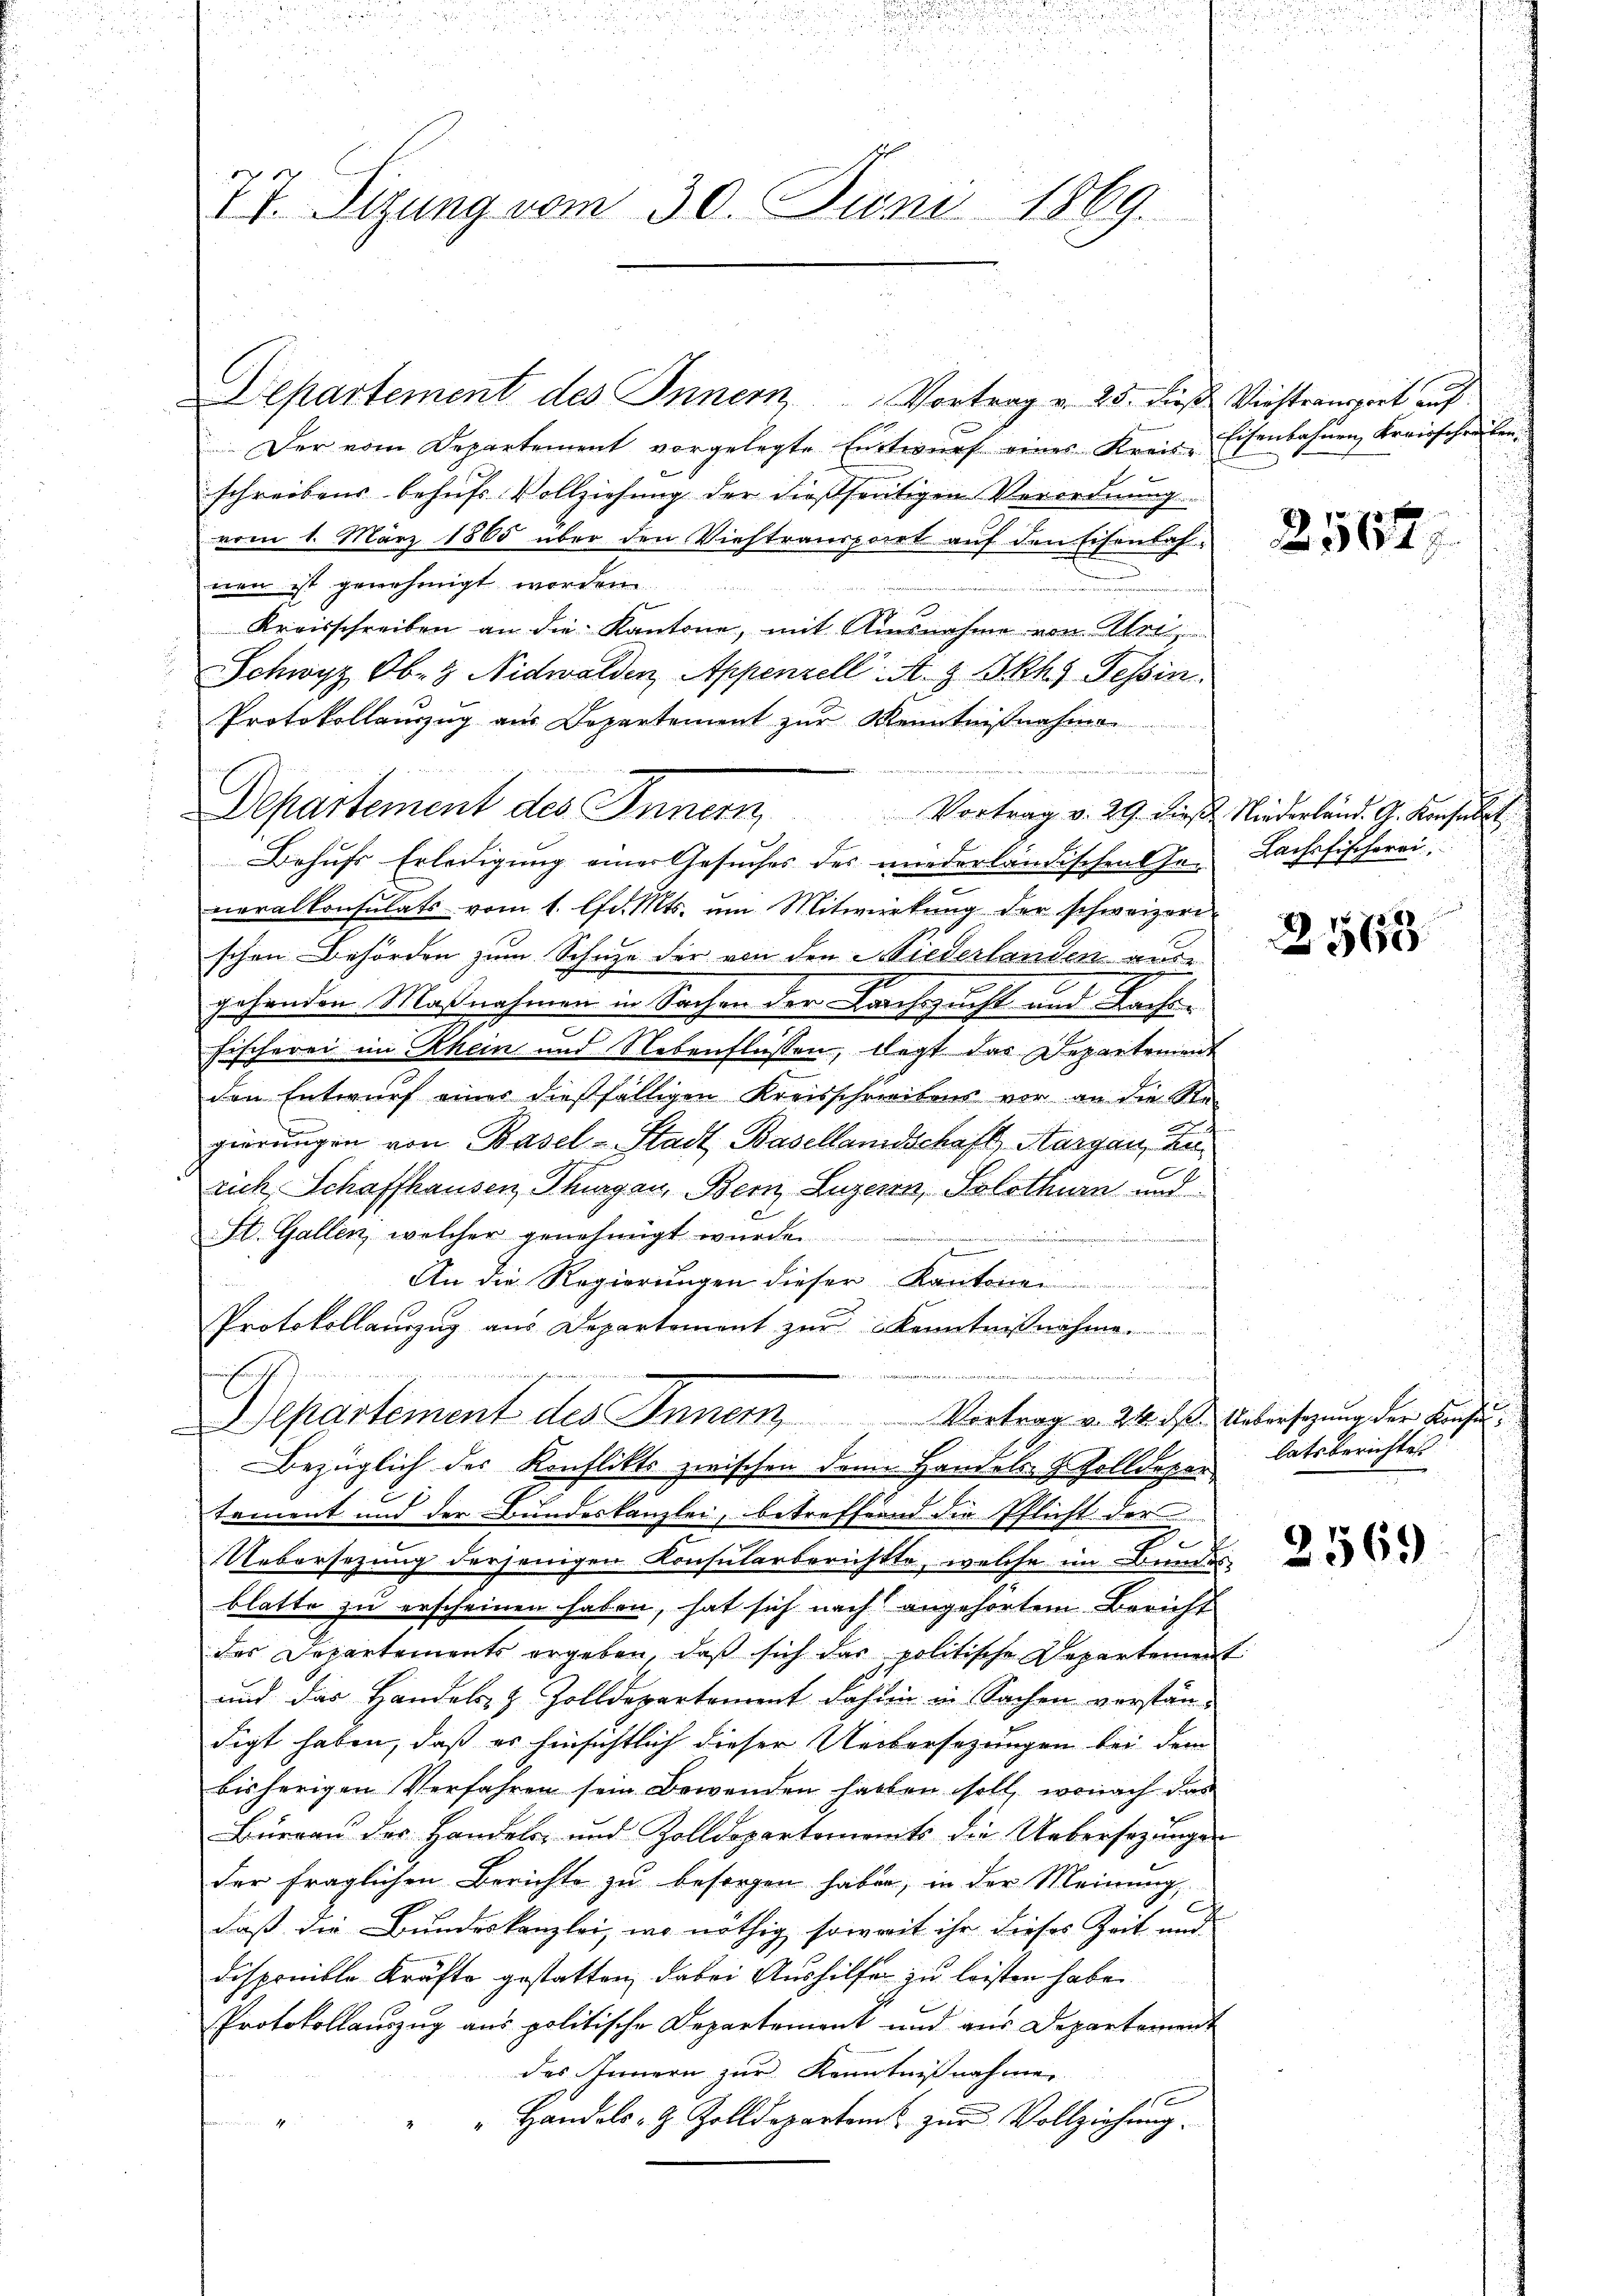
77. Sizung vom 30. Juni 1869.

Der vom Departement vorgelegte Entwŭrf eines Kreis-Eisenbahnen Kreisschreiben.
schreibens behufs Vollziehung der dießseitigen Verordnung.
vom 1. März 1865 über den Viehtransport auf den Eisenbahnen ist genehmigt worden.
Kreisschreiben an die Kantone, mit Ausnahme von Wer
Schwyz, Ob- & Nidwalden, Appenzell A. z Skhy Tessin.
Protokollenzug aus Departement zŭr Kenntnißnahme
n
Behufs Erledigung einer Gesuches des niederländischen Ge- Lachsfischerei
neralkonsulats vom 1. lfd. Mts. um Mitwirkung der schweizeri
schen Behörden zum Schuze der von den Niederlanden aus
e
3
gehenden Maßnahmen in Sachen der Lachsucht und Lachi-
Fischerei im Rhein und Nebenflüssen, legt das Departement
den Entwurf eines dießfälligen Kreisschreibens vor an die Ste-
e
gierungen von Basel-Stadt Basellandschaft, Aargau, an
rich, Schaffhausen, Thurgau, Bern, Luzern, Solothurn und
St. Gallen, welcher genehmigt wurde.
ezie
An die Regierungen dieser Kantone
Protokollauszug aus Departement zur Kenntnißnahmen
wasser
Departement des Inner, Vortrag v. 24. das Uebersezung der Ansu¬
Bezüglich der Konflikts zwischen dem Handels- & Zolldepar
tement und der Bundeskanzlei, betreffend die Pflicht der
.
Uebersezung derjenigen Konsularberichtte, welche im Bundes
blatte zu erscheinen haben, hat sich nach angehörtem Bericht
des Departements ergeben, daß sich das politische Departement
und das Handels- & Zolldepartement dahin in Sachen verständigt haben, daß es hinsichtlich dieser Uebersezungen bei dem
bisherigen Verfahren sein Bewenden haben soll, wonach das
Büreau der Handels- und Zolldepartements die Uebersezungen
der fraglichen Berichte zu besorgen haben, in der Meinung,
daß die Bundeskanzlei, wo nöthig soweit ihr dieses Zeit und
Disponible Kräfte gestatten, dabei Aushilfe zu leisten habe.
Protokollanzŭg ans politische Departement und aus Departement
des Innern zur Kenntnisnahme
1
Handels- & Zolldepartem zur Vollziehung.
4

Departement des Innern Vortrag v. 25. dieß Viestransport auf

Departement des Innern,

256.

Vortrag v. 29. dieß Niederland. G. Konsulat

2568

latsberichtes

.

2569